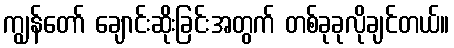
ကျွန်တော် ချောင်းဆိုးခြင်းအတွက် တစ်ခုခုလိုချင်တယ်။